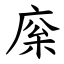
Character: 庺